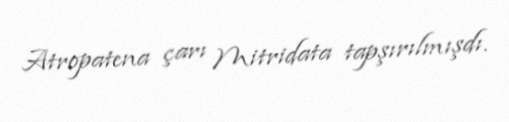
Atropatena çarı Mitridata tapşırılmışdı.